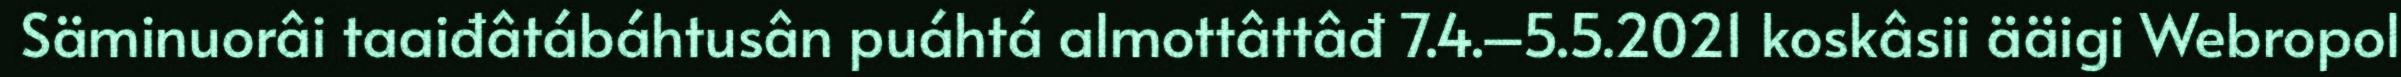
Säminuorâi taaiđâtábáhtusân puáhtá almottâttâđ 7.4.–5.5.2021 koskâsii ääigi Webropol